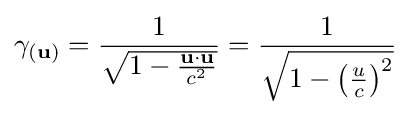
\gamma _{(\mathbf {u} )}={\frac {1}{\sqrt {1-{\frac {\mathbf {u} \cdot \mathbf {u} }{c^{2}}}}}}={\frac {1}{\sqrt {1-\left({\frac {u}{c}}\right)^{2}}}}